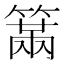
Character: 𥲈